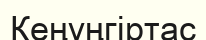
Кеңүңгіртас